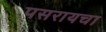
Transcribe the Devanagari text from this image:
पसरायचा